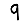
Digit: 9